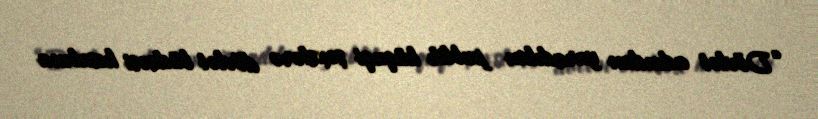
“Dövlət adından yaradılan publik hüquqi şəxslərə dövlət büdcəsi hesabına